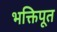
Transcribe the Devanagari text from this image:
भक्तिपूत